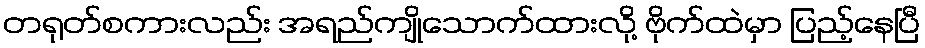
တရုတ်စကားလည်း အရည်ကျိုသောက်ထားလို့ ဗိုက်ထဲမှာ ပြည့်နေပြီ